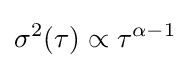
\sigma ^{2}(\tau )\propto \tau ^{\alpha -1}